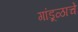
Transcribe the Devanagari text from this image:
गांडूळाचे